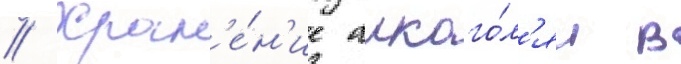
// Хран'е́н'ие алкого́л'я в